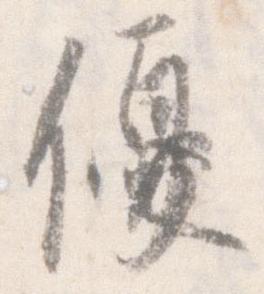
優